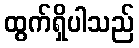
ထွက်ရှိပါသည်